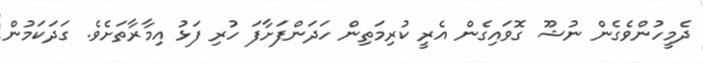
ދެމީހުންވެގެން ނުޝޫ ގޮވައިގެން އެރީ ކުރިމަތިން ހަދަންފަށާފަ ހުރި ފަޅު އިމާރާތަށެވެ. ގަދަކަމުން